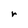
Character: r